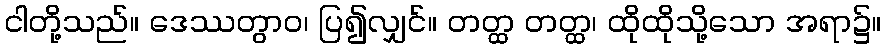
ငါတို့သည်။ ဒေဿတွာဝ၊ ပြ၍လျှင်။ တတ္ထ တတ္ထ၊ ထိုထိုသို့သော အရာ၌။